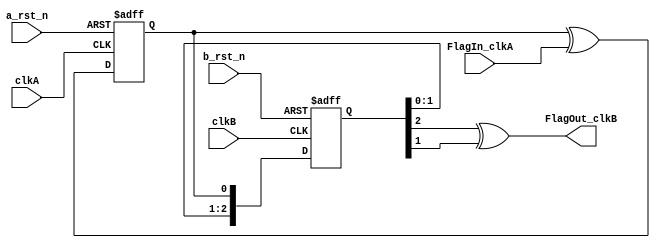
`timescale 1ns/1ps
module flag_sync_cpld(/*autoport*/
//output
           FlagOut_clkB,
//input
           a_rst_n,
           b_rst_n,
           clkA,
           FlagIn_clkA,
           clkB);

input wire a_rst_n;
input wire b_rst_n;
input wire clkA;
input wire FlagIn_clkA;
input wire clkB;
output wire FlagOut_clkB;

// this changes level when the FlagIn_clkA is seen in clkA
reg FlagToggle_clkA;
always @(posedge clkA or negedge a_rst_n)
begin
    if(!a_rst_n)
        FlagToggle_clkA <= 1'b0;
    else
        FlagToggle_clkA <= FlagToggle_clkA ^ FlagIn_clkA;
end

// which can then be sync-ed to clkB
reg [2:0] SyncA_clkB;
always @(posedge clkB or negedge b_rst_n)
begin
    if(!b_rst_n)
        SyncA_clkB <= 3'b0;
    else
        SyncA_clkB <= {SyncA_clkB[1:0], FlagToggle_clkA};
end

// and recreate the flag in clkB
assign FlagOut_clkB = (SyncA_clkB[2] ^ SyncA_clkB[1]);
/*

always #20 clkA = ~clkA;
always #3 clkB = ~clkB;
initial begin
    clkB=0;
    clkA=0;
    FlagToggle_clkA=0;
    SyncA_clkB=0;    
    FlagIn_clkA=0;
    @(negedge clkA);
    FlagIn_clkA=1;
    @(negedge clkA);
    FlagIn_clkA=0;

    repeat(5)
        @(negedge clkA);
    FlagIn_clkA=1;
    @(negedge clkA);
    FlagIn_clkA=0;
end

*/

endmodule